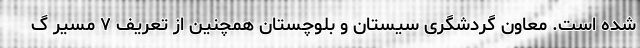
شده است. معاون گردشگری سیستان و بلوچستان همچنین از تعریف ۷ مسیر گ